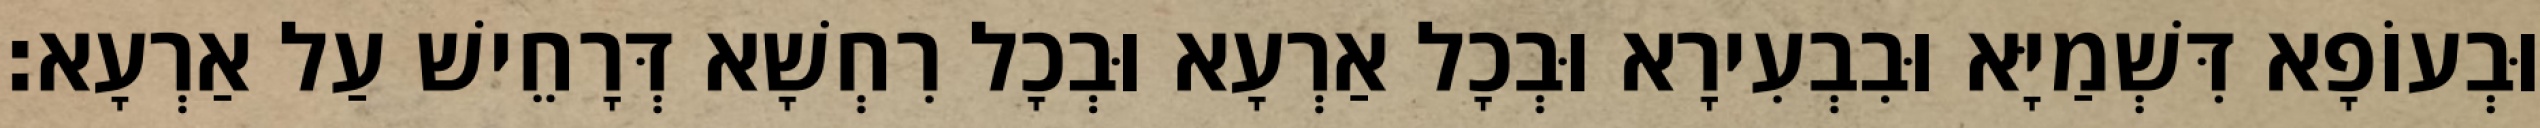
וּבְעוֹפָא דִּשְׁמַיָּא וּבִבְעִירָא וּבְכָל אַרְעָא וּבְכָל רִחְשָׁא דְּרָחֵישׁ עַל אַרְעָא׃